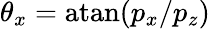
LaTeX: \theta_{x}=\mathrm{atan}(p_{x}/p_{z})